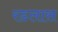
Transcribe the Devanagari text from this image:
रडलास